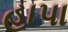
હાપા